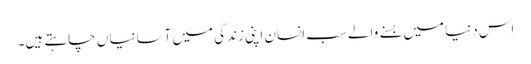
اس دنیا میں بسنے والے سب انسان اپنی زندگی میں آسانیا ں چاہتے ہیں۔